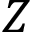
Z